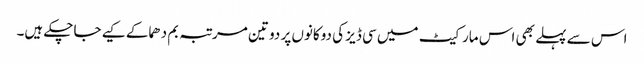
اس سے پہلے بھی اس مارکیٹ میں سی ڈیز کی دوکانوں پر دو تین مرتبہ بم دھماکے کیے جاچکے ہیں۔